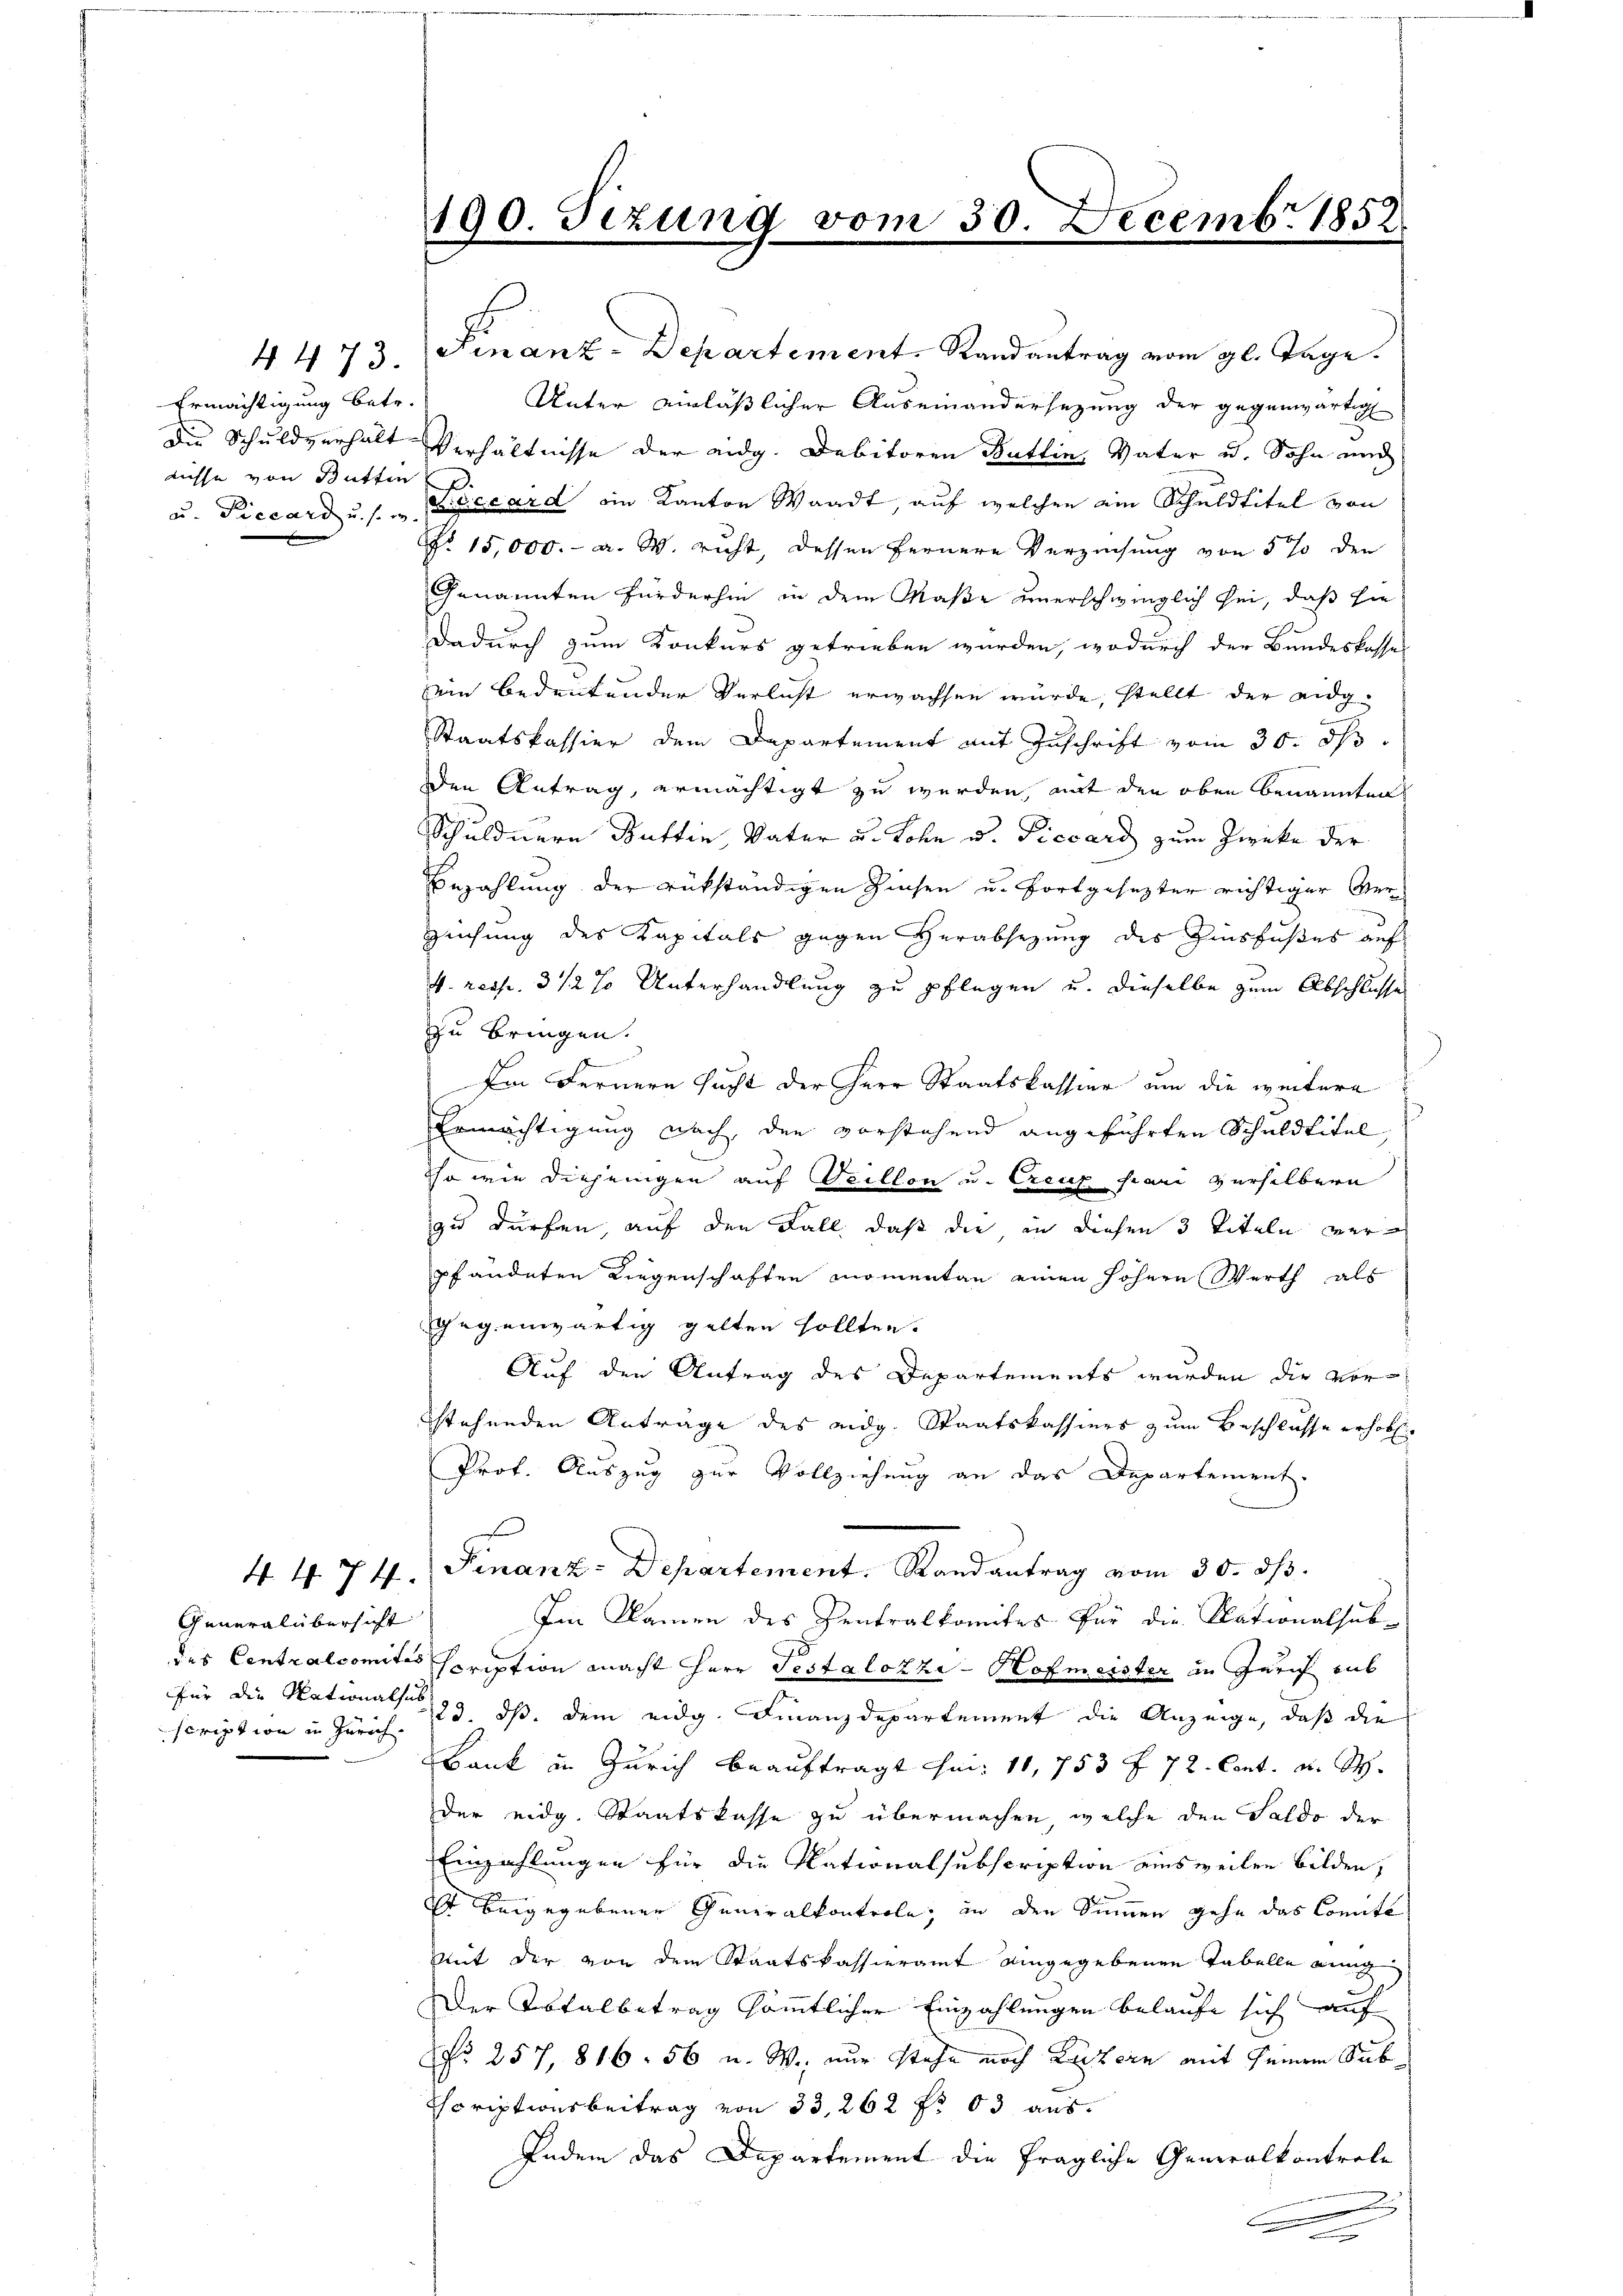
Ermächtigung betr.
nisse von Butten

Generalübersicht
scription in Zürich.

4473 Finanz-Departement-Randantrag vom gl. Tage.
Unter einläßlicher Auseinandersezung der gegenwärtig
Die Schuldverhält Verhältnisse der eidg. Debitoren Buttin, Vater u. Sohn auch
u. Piccard u. s. Ficcard ein Kanton Waadt, auf welchen ein Schuldtitel von
No 15,000.- a. W. richt, dessen fernere Verzeihung von 5 % den
Genannten fürderhin in dem Maße unerschwinglich sei, daß sie
Dadurch zum Konkurs getrieben wurden, wodurch der Bundeskasses
sein bedeutender Verlicht erwachsen würde, stellt der eidg¬
Staatskassier dem Departement mit Zuschrift vom 30. ds.
en Antrag, ermächtigt zu werden, mit den oben benannten
Schuldnern Gattin, Vater u. Lohn u. Piccard zum Zwecke der
Bezahlung der rükständigen Zinsen u. fortgesezter richtiger Ver¬
Zeichung des Kapitals gegen Verabsezung des Zinsfußes auf
4. resp. 3 1/2 % Unterhandlung zu pflegen u. dieselbe zum Abschlusses
zu bringen.
Im Fernern sucht der Herr Staatskassier um die weitere
Ermächtigung nach, den vorstehend angeführten Schuldtitel,
so wie diejenigen auf Teillon u. Creuz pari verselbern
zu dürfen, auf den Fall, daß die in diesen 3 Titeln verpfändeten Liegenschaften momentan einen höhern Werth als
gegenwärtig gelten sollten.
Auf den Antrag des Departements wurden die vorstehenden Anträge des eidg. Staatskassiers zum Beschlusse erhob,
Prof. Auszug zur Vollziehung an das Departement.
44. 74. Finanz-Departement. Randantrag vom 30. ds.
Im Namen des Zentralkomites für die Nationalsub-
des Centralcomites scription macht Herr Testalozzi - Hofmeister in Zürich aus
für die Nationals 23. ds. dem eidg. Finanzdepartement die Anzeige, daß die
Bank in Zürich beauftragt u. 11, 753 f. 72. Cent. u. M.
der eidg. Staatskasse zu übermachen, welche den Saldo der
Einzahlungen für die Nationalsubscription ainsweilen bilden,
Es beigegebenen Generalkontrole, in den Sinnen gehe das Comité
mit der von dem Staatskassieramt aingegebenen Tabelle eing
Der Totalbetrag sämmtlicher Einzahlungen belaufe sich auf
No 257, 816. 56 u. W., nur stehe noch Luzern mit seinem Sub¬
Scriptionsbeitrag von 33, 262 fr 03 aus.
Indem das Departement die fragliche Generalkontrole
e
.

190. Sezung vom 30. Decembr 1858.